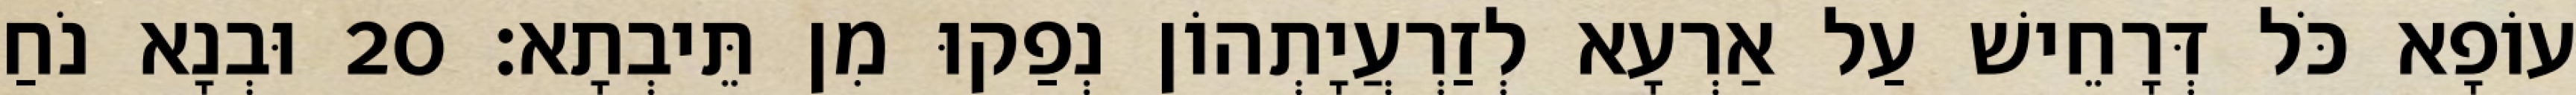
עוֹפָא כֹּל דְּרָחֵישׁ עַל אַרְעָא לְזַרְעֲיָתְהוֹן נְפַקוּ מִן תֵּיבְתָא׃ 20 וּבְנָא נֹחַ